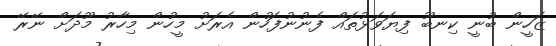
ޒަހީން ބުނީ ކިނބޫ ފިޔަވަޅުތައް ފެނުނުފަހުން އެރަށު މީހުން މިހާރު މޫދަށް ނޭރޭ